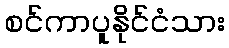
စင်ကာပူနိုင်ငံသား